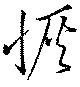
恢